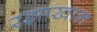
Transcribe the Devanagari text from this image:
रझाखान